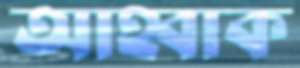
আহ্বাক